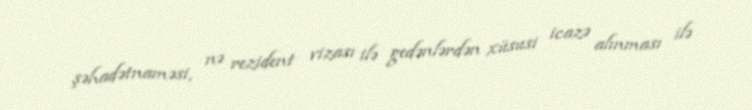
şəhadətnaməsi, nə rezident vizası ilə gedənlərdən xüsusi icazə alınması ilə